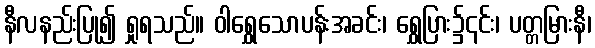
နီလနည်းပြု၍ ရှုရသည်။ ဝါရွှေသောပန်းအခင်း၊ ရွှေပြား၌၎င်း၊ ပတ္တမြားနီ၊